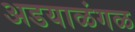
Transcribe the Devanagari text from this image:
अडयाळंगळ